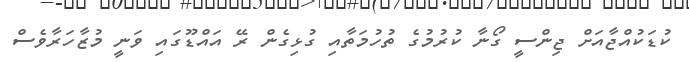
ކުޑަކުއްޖާއަށް ޖިންސީ ގޯނާ ކުރުމުގެ ތުހުމަތާއި ގުޅިގެން ރޭ އައްޑޫގައި ވަނީ މުޒާހަރާވެސް